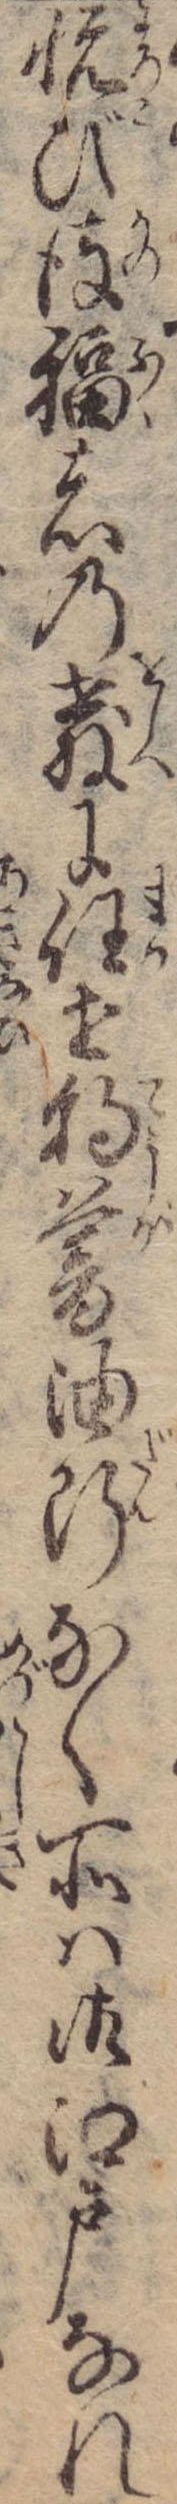
悦び彼福者の教に任せ朝暮油断なく所は御江戸なれ